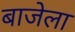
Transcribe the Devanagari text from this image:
बाजेला